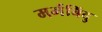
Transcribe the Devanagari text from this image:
मर्मबिंदु